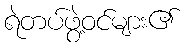
ရဲတပ်ဖွဲ့ဝင်များ၏